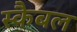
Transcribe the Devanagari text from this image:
स्कैबल